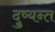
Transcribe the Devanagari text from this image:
दु्ष्यन्त